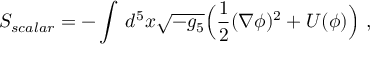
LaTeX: S _ { s c a l a r } = - \int \, d ^ { 5 } x \sqrt { - g _ { 5 } } \Big ( \frac { 1 } { 2 } ( \nabla \phi ) ^ { 2 } + U ( \phi ) \Big ) \ ,